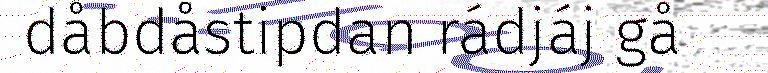
dåbdåstipdan rádjáj gå